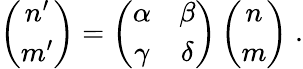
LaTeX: \left(\begin{array}{c}{{n^{\prime}}}\\ {{m^{\prime}}}\end{array}\right)=\left(\begin{array}{cc}{{\alpha}}&{{\beta}}\\ {{\gamma}}&{{\delta}}\end{array}\right)\left(\begin{array}{c}{{n}}\\ {{m}}\end{array}\right)\; .